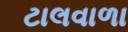
ટાલવાળા